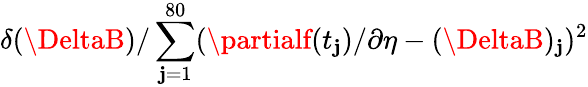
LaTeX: \delta(\DeltaB)/\sum_{\mathbf{j}=1}^{80}(\partialf(t_{\mathbf{j}})/\partial\eta-(\DeltaB)_{\mathbf{j}})^{2}